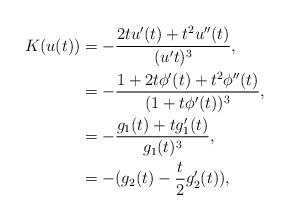
LaTeX: \begin{align*}K(u(t))&=-\dfrac{2tu'(t)+t^2u''(t)}{(u't)^3},\\&=-\dfrac{1+2t\phi'(t)+t^2\phi''(t)}{(1+t\phi'(t))^3},\\&=-\dfrac{g_1(t)+tg_1'(t)}{g_1(t)^3},\\&=-(g_2(t)-\frac{t}{2}g_2'(t)),\end{align*}